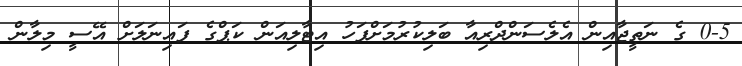
0-5 ގެ ނަތީޖާއިން އެލެސަންދްރިއާ ބަލިކުރުމަށްފަހު އިޓާލިއަން ކަޕްގެ ފައިނަލަށް އޭސީ މިލާން